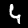
Digit: 4